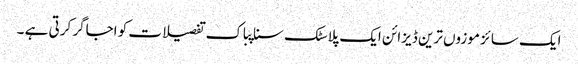
ایک سائز موزوں ترین ڈیزائن ایک پلاسٹک سناپباک تفصیلات کو اجاگر کرتی ہے ۔